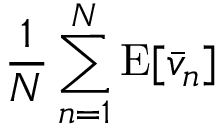
{ \frac { 1 } { N } } \sum _ { n = 1 } ^ { N } \operatorname { E } [ { \bar { v } } _ { n } ]